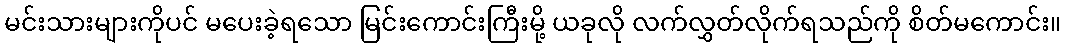
မင်းသားများကိုပင် မပေးခဲ့ရသော မြင်းကောင်းကြီးမို့ ယခုလို လက်လွှတ်လိုက်ရသည်ကို စိတ်မကောင်း။